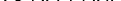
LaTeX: \smash{\mathcal{H}_{\mathrm{~l~a~t~t~i~c~e~}}^{d\mathrm{~D~}}}